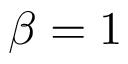
\beta = 1